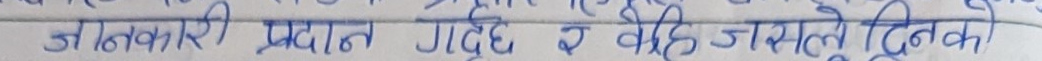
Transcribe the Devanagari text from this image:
जानकारी प्रदान गर्दछ र केही जसले दिनको